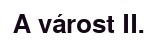
A várost II.